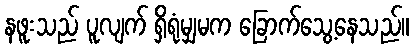
နဖူးသည် ပူလျက် ရှိရုံမျှမက ခြောက်သွေ့နေသည်။